Scottish Certificate of Education, 1962
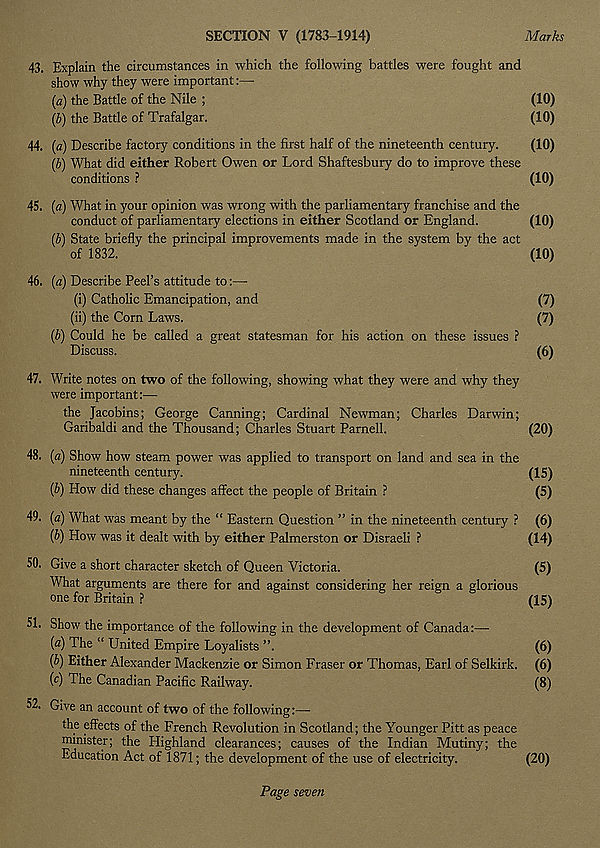
SECTION V (1783-1914)
Marks
43. Explain the circumstances in which the following battles were fought and
show why they were important:—
(a) the Battle of the Nile ;
(10)
(b) the Battle of Trafalgar.
(10)
44. (a) Describe factory conditions in the first half of the nineteenth century.
(10)
(b) What did either Robert Owen or Lord Shaftesbury do to improve these
conditions ?
(10)
45. (a) What in your opinion was wrong with the parliamentary franchise and the
conduct of parliamentary elections in either Scotland or England.
(10)
(b) State briefly the principal improvements made in the system by the act
of 1832.
(10)
46. (a) Describe Peel’s attitude to:—
(i) Catholic Emancipation, and
(7)
(ii) the Corn Laws.
(7)
(b) Could he be called a great statesman for his action on these issues ?
Discuss.
(6)
47. Write notes on two of the following, showing what they were and why they
were important:—
the Jacobins; George Canning; Cardinal Newman; Charles Darwin;
Garibaldi and the Thousand; Charles Stuart Parnell.
(20)
48. (a) Show how steam power was applied to transport on land and sea in the
nineteenth century.
(15)
(b) How did these changes affect the people of Britain ?
(5)
49. (a) What was meant by the “ Eastern Question ” in the nineteenth century ? (6)
(b) Plow was it dealt with by either Palmerston or Disraeli ?
(14)
50. Give a short character sketch of Queen Victoria.
(5)
What arguments are there for and against considering her reign a glorious
one for Britain ?
(15)
51. Show the importance of the following in the development of Canada:—
(a) The “ United Empire Loyalists
(6)
(b) Either Alexander Mackenzie or Simon Fraser or Thomas, Earl of Selkirk. (6)
(c) The Canadian Pacific Railway.
(8)
52. Give an account of two of the following:—
the effects of the French Revolution in Scotland; the Younger Pitt as peace
minister; the Plighland clearances; causes of the Indian Mutiny; the
Education Act of 1871; the development of the use of electricity.
(20)
Page seven